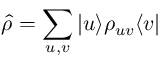
\hat { \rho } = \sum _ { u , v } | u \rangle \rho _ { u v } \langle v |